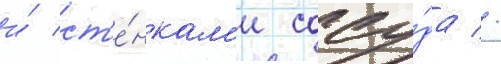
и́ ст'е́нкам'и сосу́да //